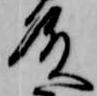
殿